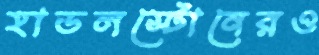
হাডলস্টোনেরও